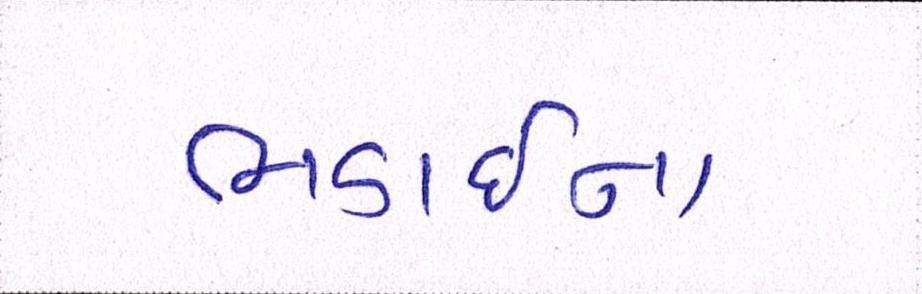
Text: ભડાઈના